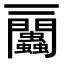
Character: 𧖔